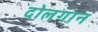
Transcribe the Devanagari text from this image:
दोलगान